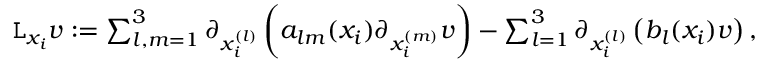
\begin{array} { r } { \mathtt { L } _ { x _ { i } } v : = \sum _ { l , m = 1 } ^ { 3 } \partial _ { x _ { i } ^ { ( l ) } } \left( a _ { l m } ( x _ { i } ) \partial _ { x _ { i } ^ { ( m ) } } v \right) - \sum _ { l = 1 } ^ { 3 } \partial _ { x _ { i } ^ { ( l ) } } \left( b _ { l } ( x _ { i } ) v \right) , } \end{array}